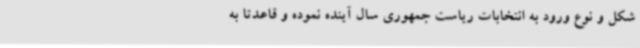
شکل و نوع ورود به انتخابات ریاست جمهوری سال آینده نموده و قاعدتا به